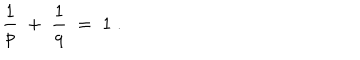
\frac { 1 } { p } \; + \; \frac { 1 } { q } \; = \; 1 \; .